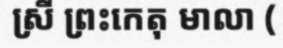
ស្រី ព្រះកេតុ មាលា (